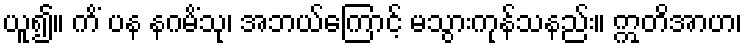
ယူ၍။ ကိံ ပန နဂမိံသု၊ အဘယ်ကြောင့် မသွားကုန်သနည်း။ ဣတိအာဟ၊